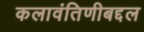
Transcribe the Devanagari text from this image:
कलावंतिणीबद्दल